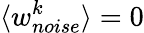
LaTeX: \langle w_{noise}^{k}\rangle=0